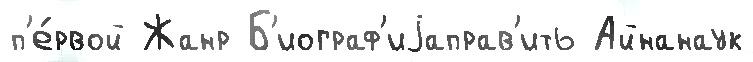
п'е́рвой Жанр Б'иограф'иjаправ'ить Айнанаук